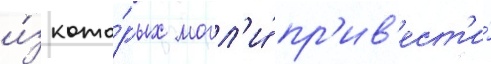
и́з кото́рых могл'и́ пр'ив'ест'и́